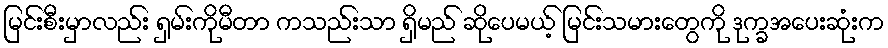
မြင်းစီးမှာလည်း ရှမ်းကိုမီတာ ကသည်းသာ ရှိမည် ဆိုပေမယ့် မြင်းသမားတွေကို ဒုက္ခအပေးဆုံးက